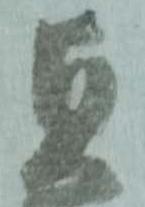
貞